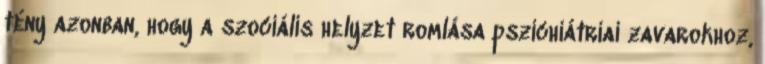
tény azonban, hogy a szociális helyzet romlása pszichiátriai zavarokhoz,